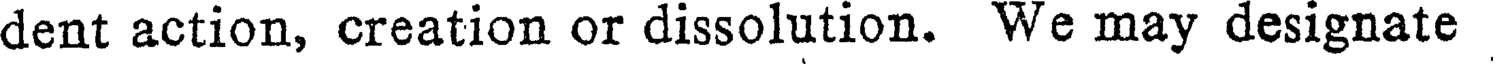
dent action, creation or dissolution. We may designate